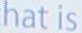
hat is